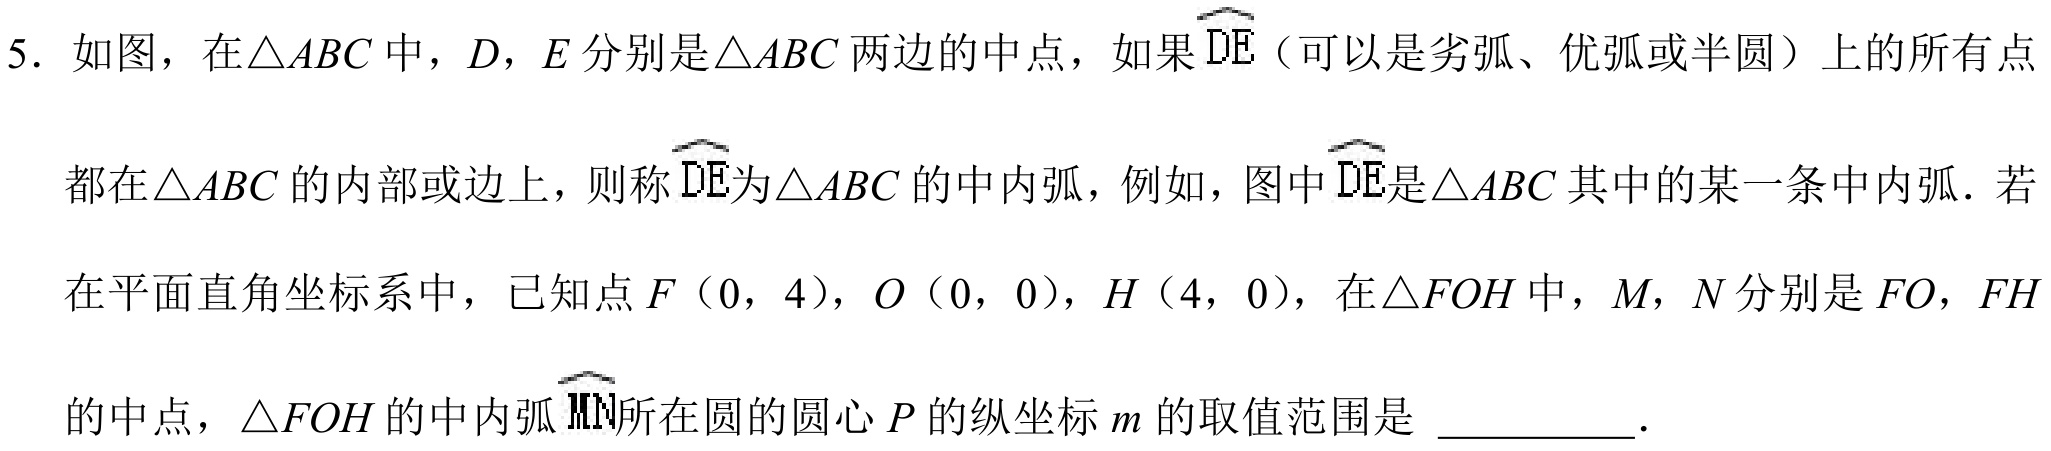
5. 如图，在$\triangle ABC$中，$D$，$E$分别是$\triangle ABC$两边的中点，如果$\overset{\frown}{DE}$（可以是劣弧、优弧或半圆）上的所有点
都在$\triangle ABC$的内部或边上，则称$\overset{\frown}{DE}$为$\triangle ABC$的中内弧，例如，图中$\overset{\frown}{DE}$是$\triangle ABC$其中的某一条中内弧．若
在平面直角坐标系中，已知点$F(0,4)$，$O(0,0)$，$H(4,0)$，在$\triangle FOH$中，$M$，$N$分别是$FO$，$FH$
的中点，$\triangle FOH$的中内弧$\overset{\frown}{MN}$所在圆的圆心$P$的纵坐标$m$的取值范围是 __________．